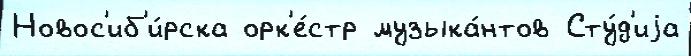
Новос'иб'и́рска орк'е́стр музыка́нтов Сту́д'иjа